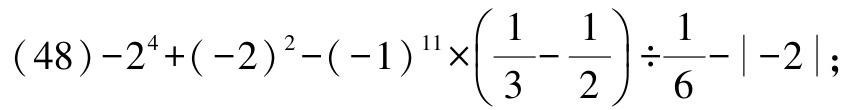
\((48)-2^{4}+(-2)^{2}-(-1)^{11}\times\left(\dfrac{1}{3}-\dfrac{1}{2}\right)\div\dfrac{1}{6}-\vert -2\vert\)